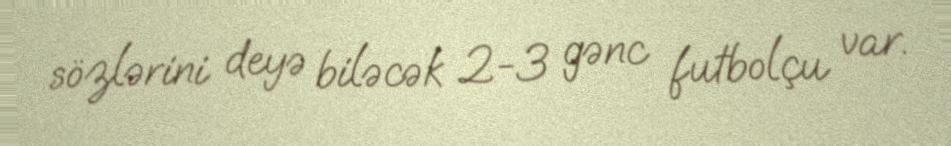
sözlərini deyə biləcək 2-3 gənc futbolçu var.